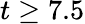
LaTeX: t\geq 7.5